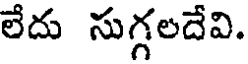
లేదు సుగ్గలదేవి.